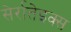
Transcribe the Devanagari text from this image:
सेर्रातेइक्स